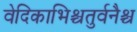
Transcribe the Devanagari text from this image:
वेदिकाभिश्चतुर्वनैश्च